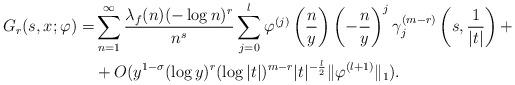
LaTeX: \begin{align*}G_r(s,x;\varphi)=&\sum_{n=1}^\infty\frac{\lambda_f(n)(-\log n)^r}{n^s}\sum_{j=0}^l\varphi^{(j)}\left(\frac{n}{y}\right)\left(-\frac{n}{y}\right)^j\gamma_{j}^{(m-r)}\left(s,\frac{1}{|t|}\right)+\\&+O(y^{1-\sigma}(\log y)^r(\log|t|)^{m-r}|t|^{-\frac{l}{2}}\|\varphi^{(l+1)}\|_1).\end{align*}